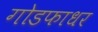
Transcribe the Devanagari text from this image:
गोडफाधर